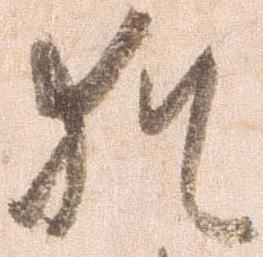
猶